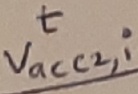
Text: t,Vacc2.i